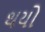
થયો